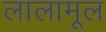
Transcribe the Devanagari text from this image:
लालामूल